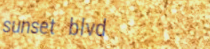
sunset blvd